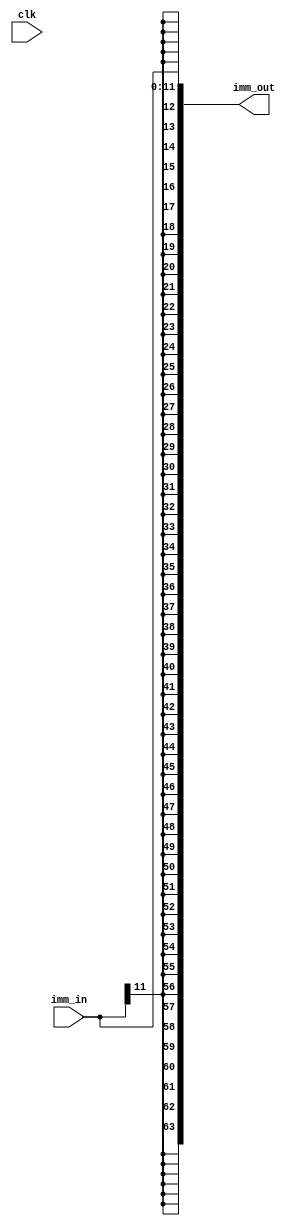
module imm_gen(clk, imm_in, imm_out);
	input clk;
	input [11:0] imm_in;
	output [63:0] imm_out;
	wire [11:0] imm_in;
	reg [63:0] imm_out;
	//reg [63:0] imm_out;
	integer i;
	always begin
	//imm_out = imm_in;
	
	#1 imm_out[11:0] = imm_in[11:0];
	
	for(i = 12; i < 64 ; i = i+1) begin
		imm_out[i] = imm_in[11];
	end
	
	end
	
endmodule